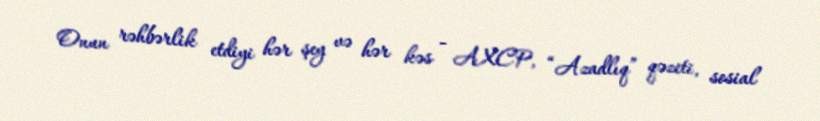
Onun rəhbərlik etdiyi hər şey və hər kəs - AXCP, “Azadlıq” qəzeti, sosial